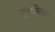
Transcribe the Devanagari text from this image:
मुत्तमित्ताल